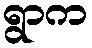
ရွာက